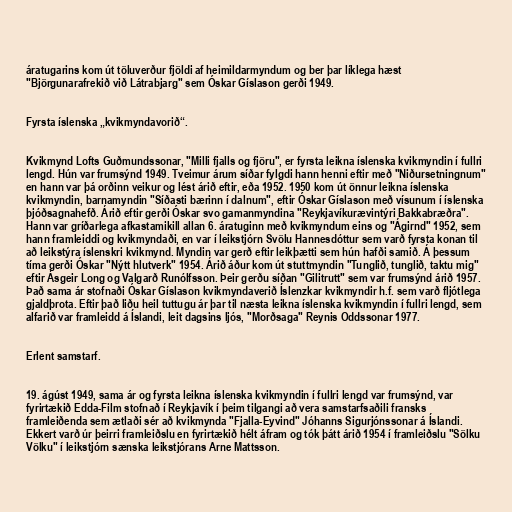
áratugarins kom út töluverður fjöldi af heimildarmyndum og ber þar líklega hæst
"Björgunarafrekið við Látrabjarg" sem Óskar Gíslason gerði 1949.

Fyrsta íslenska „kvikmyndavorið“.

Kvikmynd Lofts Guðmundssonar, "Milli fjalls og fjöru", er fyrsta leikna íslenska kvikmyndin í fullri
lengd. Hún var frumsýnd 1949. Tveimur árum síðar fylgdi hann henni eftir með "Niðursetningnum"
en hann var þá orðinn veikur og lést árið eftir, eða 1952. 1950 kom út önnur leikna íslenska
kvikmyndin, barnamyndin "Síðasti bærinn í dalnum", eftir Óskar Gíslason með vísunum í íslenska
þjóðsagnahefð. Árið eftir gerði Óskar svo gamanmyndina "Reykjavíkurævintýri Bakkabræðra".
Hann var gríðarlega afkastamikill allan 6. áratuginn með kvikmyndum eins og "Ágirnd" 1952, sem
hann framleiddi og kvikmyndaði, en var í leikstjórn Svölu Hannesdóttur sem varð fyrsta konan til
að leikstýra íslenskri kvikmynd. Myndin var gerð eftir leikþætti sem hún hafði samið. Á þessum
tíma gerði Óskar "Nýtt hlutverk" 1954. Árið áður kom út stuttmyndin "Tunglið, tunglið, taktu mig"
eftir Ásgeir Long og Valgarð Runólfsson. Þeir gerðu síðan "Gilitrutt" sem var frumsýnd árið 1957.
Það sama ár stofnaði Óskar Gíslason kvikmyndaverið Íslenzkar kvikmyndir h.f. sem varð fljótlega
gjaldþrota. Eftir það liðu heil tuttugu ár þar til næsta leikna íslenska kvikmyndin í fullri lengd, sem
alfarið var framleidd á Íslandi, leit dagsins ljós, "Morðsaga" Reynis Oddssonar 1977.

Erlent samstarf.

19. ágúst 1949, sama ár og fyrsta leikna íslenska kvikmyndin í fullri lengd var frumsýnd, var
fyrirtækið Edda-Film stofnað í Reykjavík í þeim tilgangi að vera samstarfsaðili fransks
framleiðenda sem ætlaði sér að kvikmynda "Fjalla-Eyvind" Jóhanns Sigurjónssonar á Íslandi.
Ekkert varð úr þeirri framleiðslu en fyrirtækið hélt áfram og tók þátt árið 1954 í framleiðslu "Sölku
Völku" í leikstjórn sænska leikstjórans Arne Mattsson.